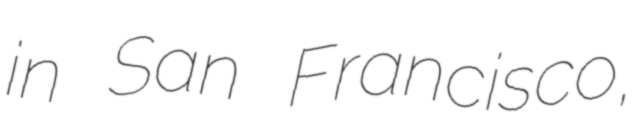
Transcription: in San Francisco,